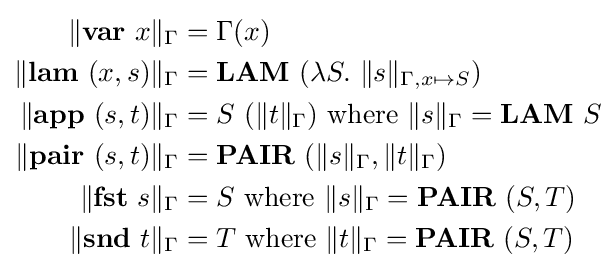
{\begin{aligned}\|\mathbf {var} \ x\|_{\Gamma }&=\Gamma (x)\\\|\mathbf {lam} \ (x,s)\|_{\Gamma }&=\mathbf {LAM} \ (\lambda S.\ \|s\|_{\Gamma ,x\mapsto S})\\\|\mathbf {app} \ (s,t)\|_{\Gamma }&=S\ (\|t\|_{\Gamma }){\text{ where }}\|s\|_{\Gamma }=\mathbf {LAM} \ S\\\|\mathbf {pair} \ (s,t)\|_{\Gamma }&=\mathbf {PAIR} \ (\|s\|_{\Gamma },\|t\|_{\Gamma })\\\|\mathbf {fst} \ s\|_{\Gamma }&=S{\text{ where }}\|s\|_{\Gamma }=\mathbf {PAIR} \ (S,T)\\\|\mathbf {snd} \ t\|_{\Gamma }&=T{\text{ where }}\|t\|_{\Gamma }=\mathbf {PAIR} \ (S,T)\end{aligned}}